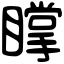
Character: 𥋇